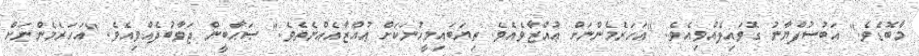
މާބޮޑެވެ." އަބުސުފްޔާނު ގޮވައިލެއްވިއެވެ. "އަހަރެމެންނަށް ޢުއްޒާވެއެވެ. ތިޔަބައިމީހުނަކަށް ޢުއްޒާއެއްނެތެވެ." ޞަޙާބީން ޖަވާބުދެއްވިއެވެ. "އަހަރެމެންނަށް